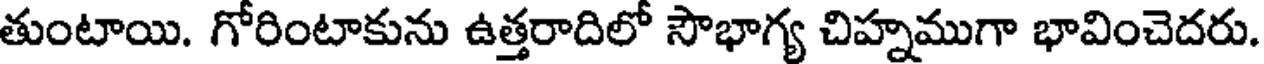
తుంటాయి. గోరింటాకును ఉత్తరాదిలో సౌభాగ్య చిహ్నముగా భావించెదరు.